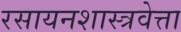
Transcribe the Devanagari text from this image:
रसायनशास्त्रवेत्ता